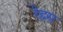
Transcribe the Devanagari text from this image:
रेह्म्स